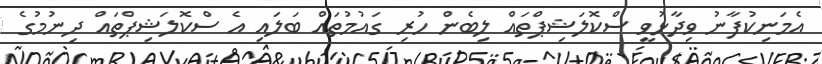
އެމަނިކުފާނު ވިދާޅުވީ ސްކޮލަޝިޕްތައް ލިބެން ހުރި ގައުމުތައް ބަލައި އެ ސްކޮލަޝިޕްތައް ދިނުމުގެ